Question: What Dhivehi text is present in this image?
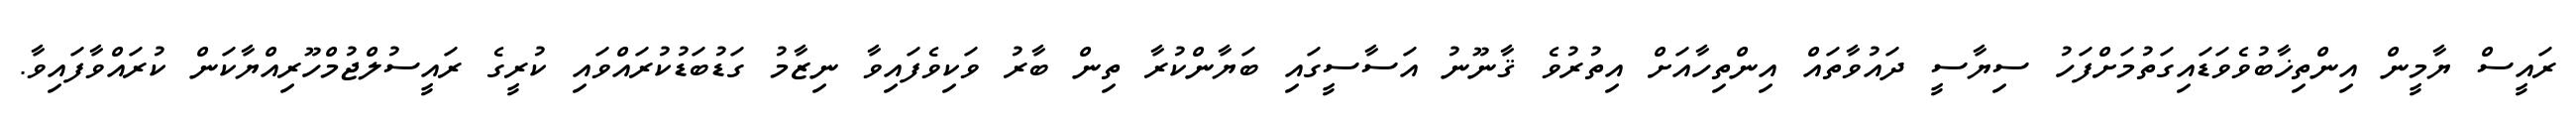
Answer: ރައީސް ޔާމީން އިންތިޚާބުވެވަޑައިގަތުމަށްފަހު ސިޔާސީ ދައުވާތައް އިންތިހާއަށް އިތުރުވެ ޤާނޫނު އަސާސީގައި ބަޔާންކުރާ ތިން ބާރު ވަކިވެފައިވާ ނިޒާމު ގަޑުބަޑުކުރައްވައި ކުރީގެ ރައީސުލްޖުމްހޫރިއްޔާކަން ކުރައްވާފައިވާ.